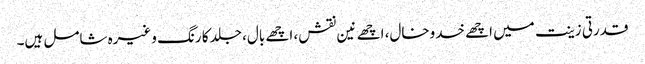
قدرتی زینت میں اچھے خدوخال، اچھے نین نقش، اچھے بال، جلد کا رنگ وغیرہ شامل ہیں۔